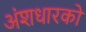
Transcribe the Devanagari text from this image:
अंशधारको